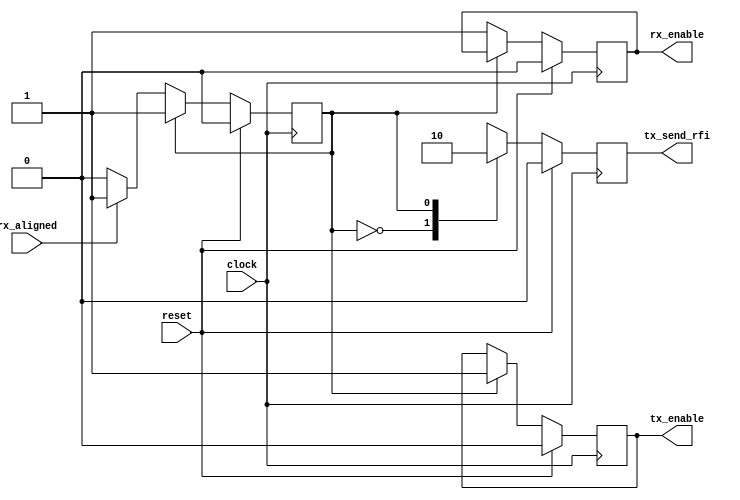
//===================================================================================================
//                            ------->  Revision History  <------
//===================================================================================================
//
//   Date     Who   Ver  Changes
//===================================================================================================
// 20-Feb-23  DWW  1000  Initial creation
//===================================================================================================

module eth_reset_mgr
(
    // Clock and input reset signal.
    input clock, reset,

    output reg rx_enable,
    output reg tx_enable, 
    output reg tx_send_rfi,
    input      rx_aligned
);

reg state;

always @(posedge clock) begin

    if (reset) begin
        state       <= 0;
        rx_enable   <= 0;
        tx_enable   <= 0;
        tx_send_rfi <= 0;
    end else case(state)

        0:  begin
                rx_enable   <= 1;
                tx_send_rfi <= 1;
                if (rx_aligned) state <= 1;
            end

        1:  begin
                tx_send_rfi <= 0;
                tx_enable   <= 1;
            end

    endcase

end

endmodule